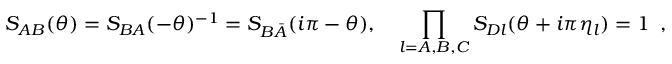
S _ { A B } ( \theta ) = S _ { B A } ( - \theta ) ^ { - 1 } = S _ { B \bar { A } } ( i \pi - \theta ) , \quad \prod _ { l = A , B , C } S _ { D l } ( \theta + i \pi \eta _ { l } ) = 1 \, \, \, ,